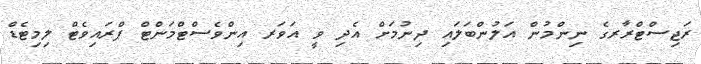
ރަޖިސްޓްރާރގެ ނިންމުން އަލުންބަލައި ދިނުމަށް އެދި ވީ އަވަރ އިންވެސްޓްމަންޓް ޕްރައިވެޓް ލިމިޓެޑް